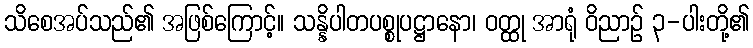
သိစေအပ်သည်၏ အဖြစ်ကြောင့်။ သန္နိပါတပစ္စုပဋ္ဌာနော၊ ဝတ္ထု အာရုံ ဝိညာဉ် ၃-ပါးတို့၏